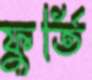
ফুর্তি